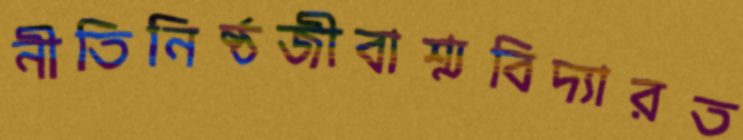
নীতিনিষ্ঠজীবাশ্মবিদ্যারত